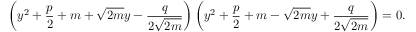
\left( y ^ { 2 } + { \frac { p } { 2 } } + m + { \sqrt { 2 m } } y - { \frac { q } { 2 { \sqrt { 2 m } } } } \right) \left( y ^ { 2 } + { \frac { p } { 2 } } + m - { \sqrt { 2 m } } y + { \frac { q } { 2 { \sqrt { 2 m } } } } \right) = 0 .